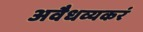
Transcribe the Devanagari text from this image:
अवैधव्यकरं